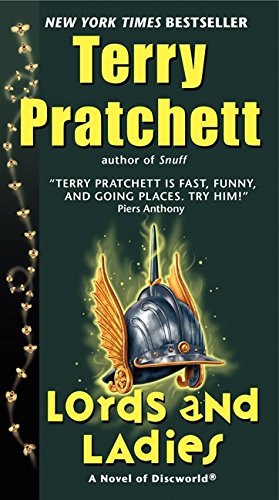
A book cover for Lords and Ladies (Discworld); Terry Pratchett; Science Fiction & Fantasy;